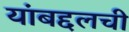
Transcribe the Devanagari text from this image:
यांबद्दलची